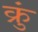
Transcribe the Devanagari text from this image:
क्रुं